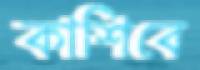
কাশিবে